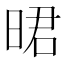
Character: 𣇉